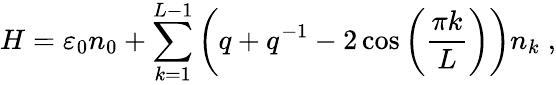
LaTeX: H=\varepsilon_{0}n_{0}+\sum_{k=1}^{L-1}\left(q+q^{-1}-2\cos\left(\frac{\pi k}{L}\right)\right)n_{k}\; ,